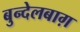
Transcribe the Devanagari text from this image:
बुन्देलबाग़